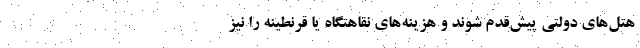
هتل‌های دولتی پیش‌قدم شوند و هزینه‌های نقاهتگاه یا قرنطینه را نیز